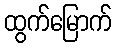
ထွက်မြောက်